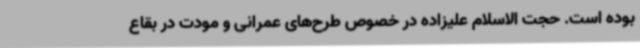
بوده است. حجت الاسلام علیزاده در خصوص طرح‌های عمرانی و مودت در بقاع